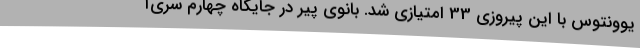
یوونتوس با این پیروزی 33 امتیازی شد. بانوی پیر در جایگاه چهارم سری‌آ